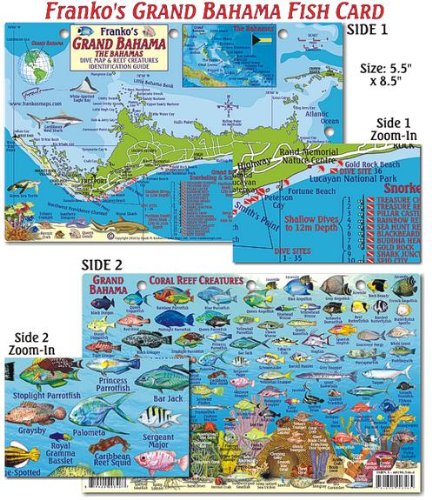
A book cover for Grand Bahama Island Dive Map & Reef Creatures Guide Franko Maps Laminated Fish Card; Franko Maps Ltd.; Travel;